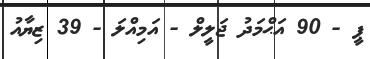
ޕީ - 90 އަޙްމަދު ޖަލީލް - އަމިއްލަ - 39 ޒިޔާއު